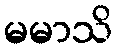
မမာသိ